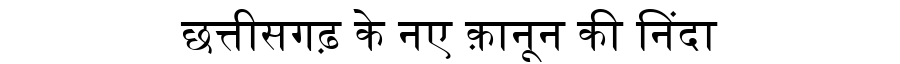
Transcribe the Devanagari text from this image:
छत्तीसगढ़ के नए क़ानून की निंदा